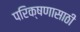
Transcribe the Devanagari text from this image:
परिक्षणासाठी